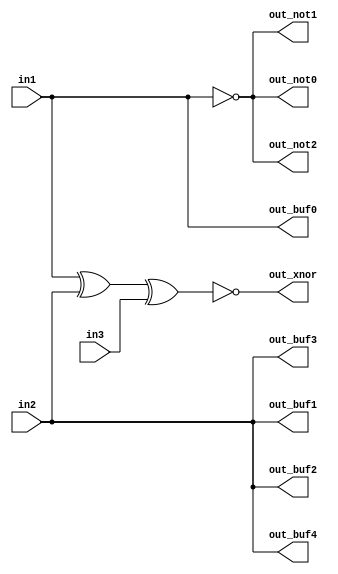
module verilog_primitives (
	input wire in1, in2, in3,
	output wire out_buf0, out_buf1, out_buf2, out_buf3, out_buf4,
	output wire out_not0, out_not1, out_not2,
	output wire out_xnor
);

buf u_buf0 (out_buf0, in1);
buf u_buf1 (out_buf1, out_buf2, out_buf3, out_buf4, in2);

not u_not0 (out_not0, out_not1, out_not2, in1);

xnor u_xnor0 (out_xnor, in1, in2, in3);

endmodule